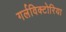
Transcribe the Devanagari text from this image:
गर्लविक्टोरिया